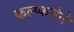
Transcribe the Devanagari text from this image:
कल्प्कतेने